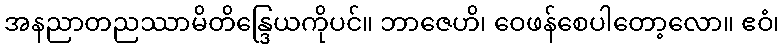
အနညာတညဿာမိတိန္ဒြေယကိုပင်။ ဘာဇေဟိ၊ ဝေဖန်စေပါတော့လော။ ဧဝံ၊